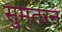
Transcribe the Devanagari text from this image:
सुमंतरन